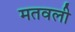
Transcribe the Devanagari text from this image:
मतवली